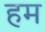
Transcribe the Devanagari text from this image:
हम